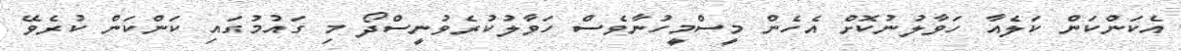
އެކަންކަން ކަލެއާ ހަވާލުނުކޮށް އެހެން މީސްމީހުނާވެސް ހަވާލުކުރެވުނީސްދޯ މި ގައުމުގައި ކަންކަން ކުރެވޭ